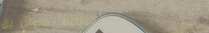
مكتب المحاماة القانوني يق